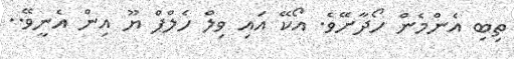
ތިބި އެންމެން ހޯދާށޭވެ. އޯކޭ އައި ވިލް ހެލްޕް ޔޫ އިން އެނީވޭ..